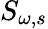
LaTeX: S_{\omega,s}